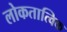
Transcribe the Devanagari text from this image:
लोकतात्विक